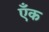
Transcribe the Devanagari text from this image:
एँक